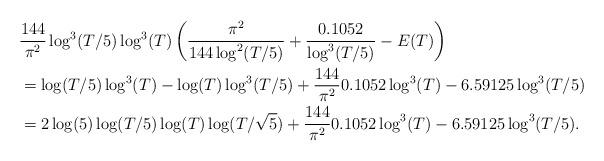
LaTeX: \begin{align*}&\frac{144}{\pi^2}\log^3(T/5)\log^3(T)\left(\frac{\pi^2}{144\log^2(T/5)}+\frac{0.1052}{\log^3(T/5)}-E(T)\right)\\&=\log(T/5)\log^3(T)-\log(T)\log^3(T/5)+\frac{144}{\pi^2}0.1052\log^3(T)-6.59125\log^3(T/5)\\&=2\log(5)\log(T/5)\log(T)\log(T/\sqrt{5})+\frac{144}{\pi^2}0.1052\log^3(T)-6.59125\log^3(T/5).\end{align*}